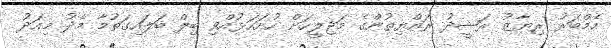
މެމްބަރު ރިޔާޒު ރަޝީދު ރައްޔިތުންގެ މަޖިލީހަށް ހުށަހަޅުއްވި ބިލް ބަލައިގަތުމާ މެދު މިއަދު